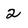
Character: 2